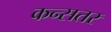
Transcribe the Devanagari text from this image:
कन्सतर